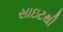
સાઇટથી